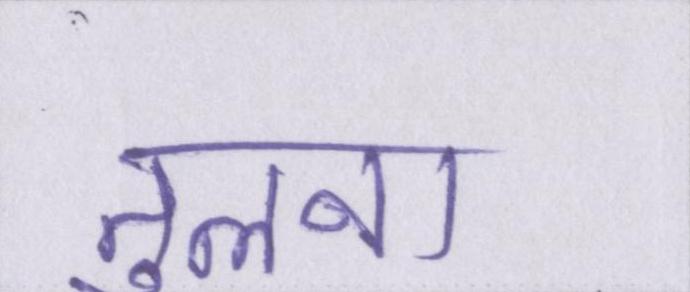
तुलना